Lunatic asylums in Bengal annual reports 1912-1924 - 1912-1924
Year: 1912
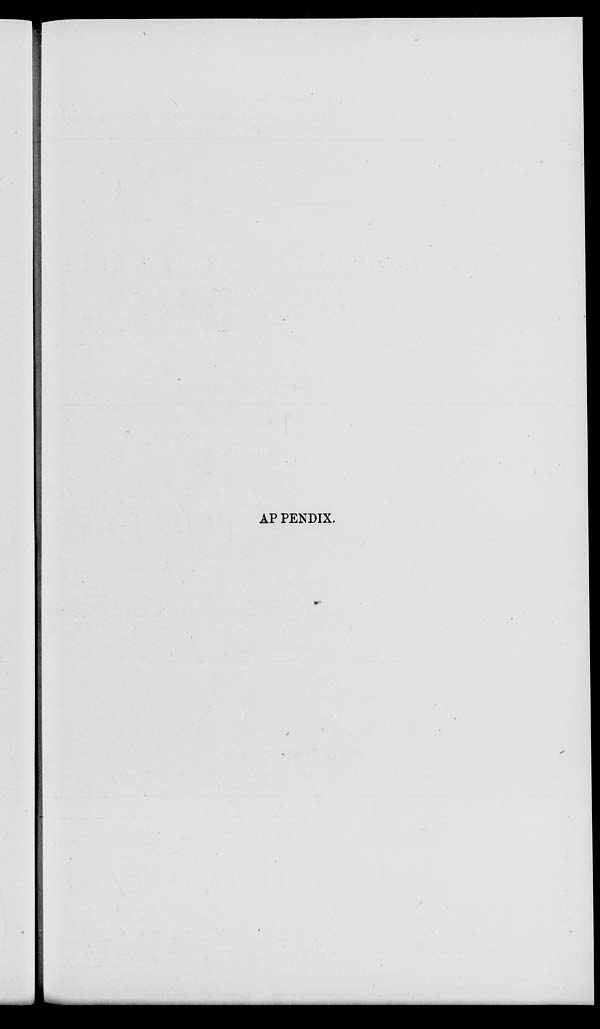
APPENDIX.